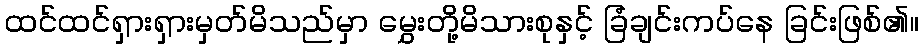
ထင်ထင်ရှားရှားမှတ်မိသည်မှာ မွှေးတို့မိသားစုနှင့် ခြံချင်းကပ်နေ ခြင်းဖြစ်၏။